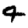
Digit: 4